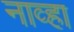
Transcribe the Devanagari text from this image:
नाव्हा